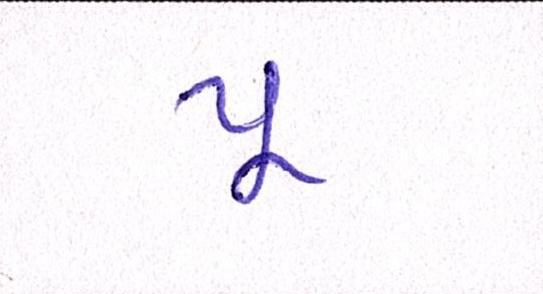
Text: પૂ